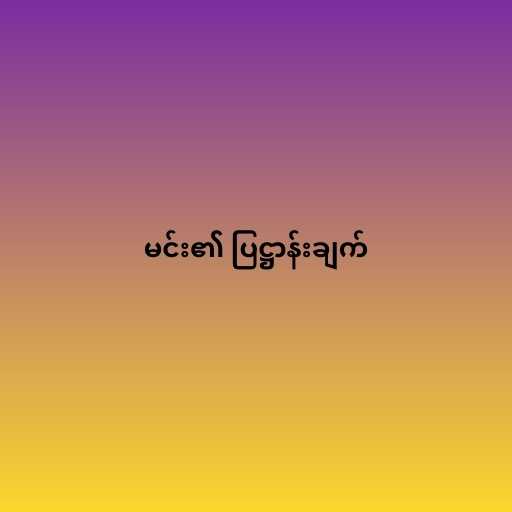
မင်း၏ ပြဋ္ဌာန်းချက်